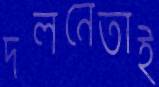
দলনেতাই